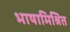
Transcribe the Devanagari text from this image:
भाषामिश्रित